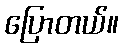
ပြောတယ်။